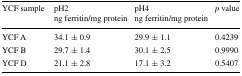
| YCF sample | pH2ng ferritin/mg protein | pH4ng ferritin/mg protein | p value |
 | --- | --- | --- | --- |
 | YCF A | 34.1 ± 0.9 | 29.9 ± 1.1 | 0.4239 |
 | YCF B | 29.7 ± 1.4 | 30.1 ± 2.5 | 0.9990 |
 | YCF D | 21.1 ± 2.8 | 17.1 ± 3.2 | 0.5407 |